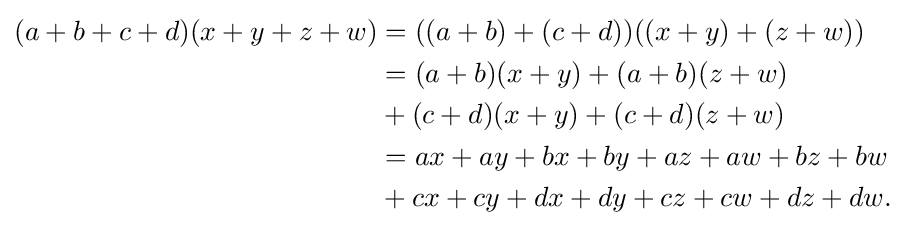
{\begin{aligned}(a+b+c+d)(x+y+z+w)&=((a+b)+(c+d))((x+y)+(z+w))\\&=(a+b)(x+y)+(a+b)(z+w)\\&+(c+d)(x+y)+(c+d)(z+w)\\&=ax+ay+bx+by+az+aw+bz+bw\\&+cx+cy+dx+dy+cz+cw+dz+dw.\end{aligned}}